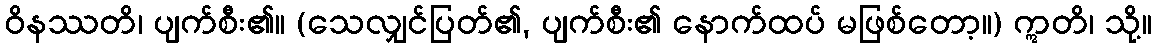
ဝိနဿတိ၊ ပျက်စီး၏။ (သေလျှင်ပြတ်၏, ပျက်စီး၏ နောက်ထပ် မဖြစ်တော့။) ဣတိ၊ သို့။